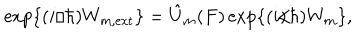
\mathrm { e x p } \{ ( i / \hbar ) W _ { m , \mathrm { e x t } } \} = \hat { U } _ { m } ( F ) \, \mathrm { e x p } \{ ( i / \hbar ) W _ { m } \} ,